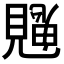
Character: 𮗙